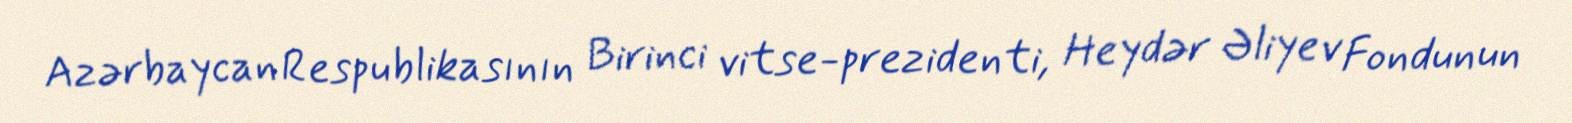
Azərbaycan Respublikasının Birinci vitse-prezidenti, Heydər Əliyev Fondunun